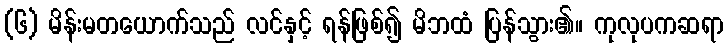
(၆) မိန်းမတယောက်သည် လင်နှင့် ရန်ဖြစ်၍ မိဘထံ ပြန်သွား၏။ ကုလုပကဆရာ